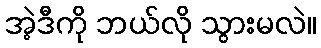
အဲ့ဒီကို ဘယ်လို သွားမလဲ။